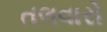
તલવારો